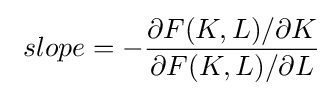
\ slope=-{\frac {\partial F(K,L)/\partial K}{\partial F(K,L)/\partial L}}